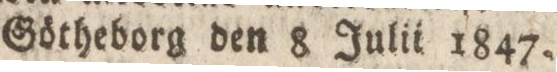
Götheborg den 8 Julii 1847.